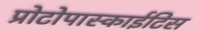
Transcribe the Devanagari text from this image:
प्रोटोपास्काईटिस